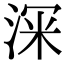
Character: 𭰹